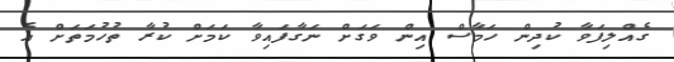
ގެއްލިފަވާ ކުދިން ހަމާސް އިން ވަގަށް ނަގާފައިވާ ކަމަށް ކުރާ ތުހުމަތަށް އެ